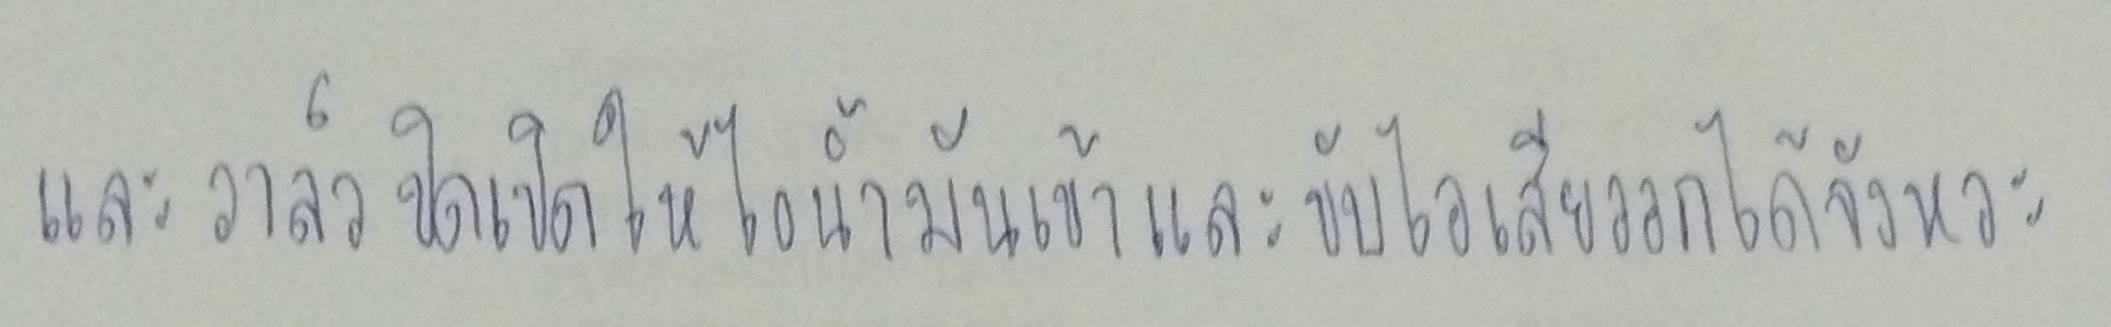
และวาล์วปิดเปิดให้ไอน้ำมันเข้าและขับไอเสียออกได้จังหวะ